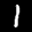
Label: 1